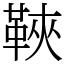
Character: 䩡